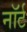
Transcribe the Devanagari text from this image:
नॉर्ट